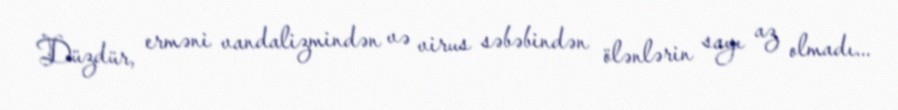
Düzdür, erməni vandalizmindən və virus səbəbindən ölənlərin sayı az olmadı...